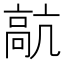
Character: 髚